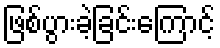
ဖြစ်ပွားခဲ့ခြင်းကြောင့်